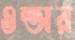
ওল্ডার